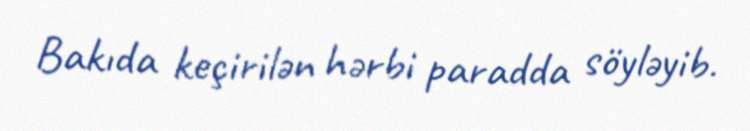
Bakıda keçirilən hərbi paradda söyləyib.